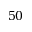
5 0